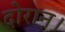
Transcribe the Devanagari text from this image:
दोरान।